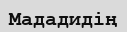
Мададидің